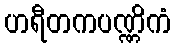
ဟရီတကပဏ္ဏိကံ